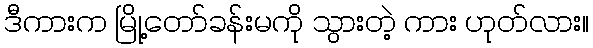
ဒီကားက မြို့တော်ခန်းမကို သွားတဲ့ ကား ဟုတ်လား။